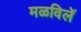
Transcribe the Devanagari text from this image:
मळविलें